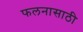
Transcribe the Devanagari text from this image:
फलनासाठी